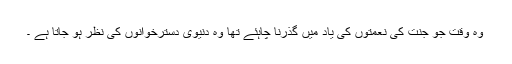
وہ وقت جو جنت کی نعمتوں کی یاد میں گذرنا چاہئے تھا وہ دنیوی دسترخوانوں کی نظر ہو جاتا ہے ۔